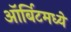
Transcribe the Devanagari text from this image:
ऑर्बिटमध्ये